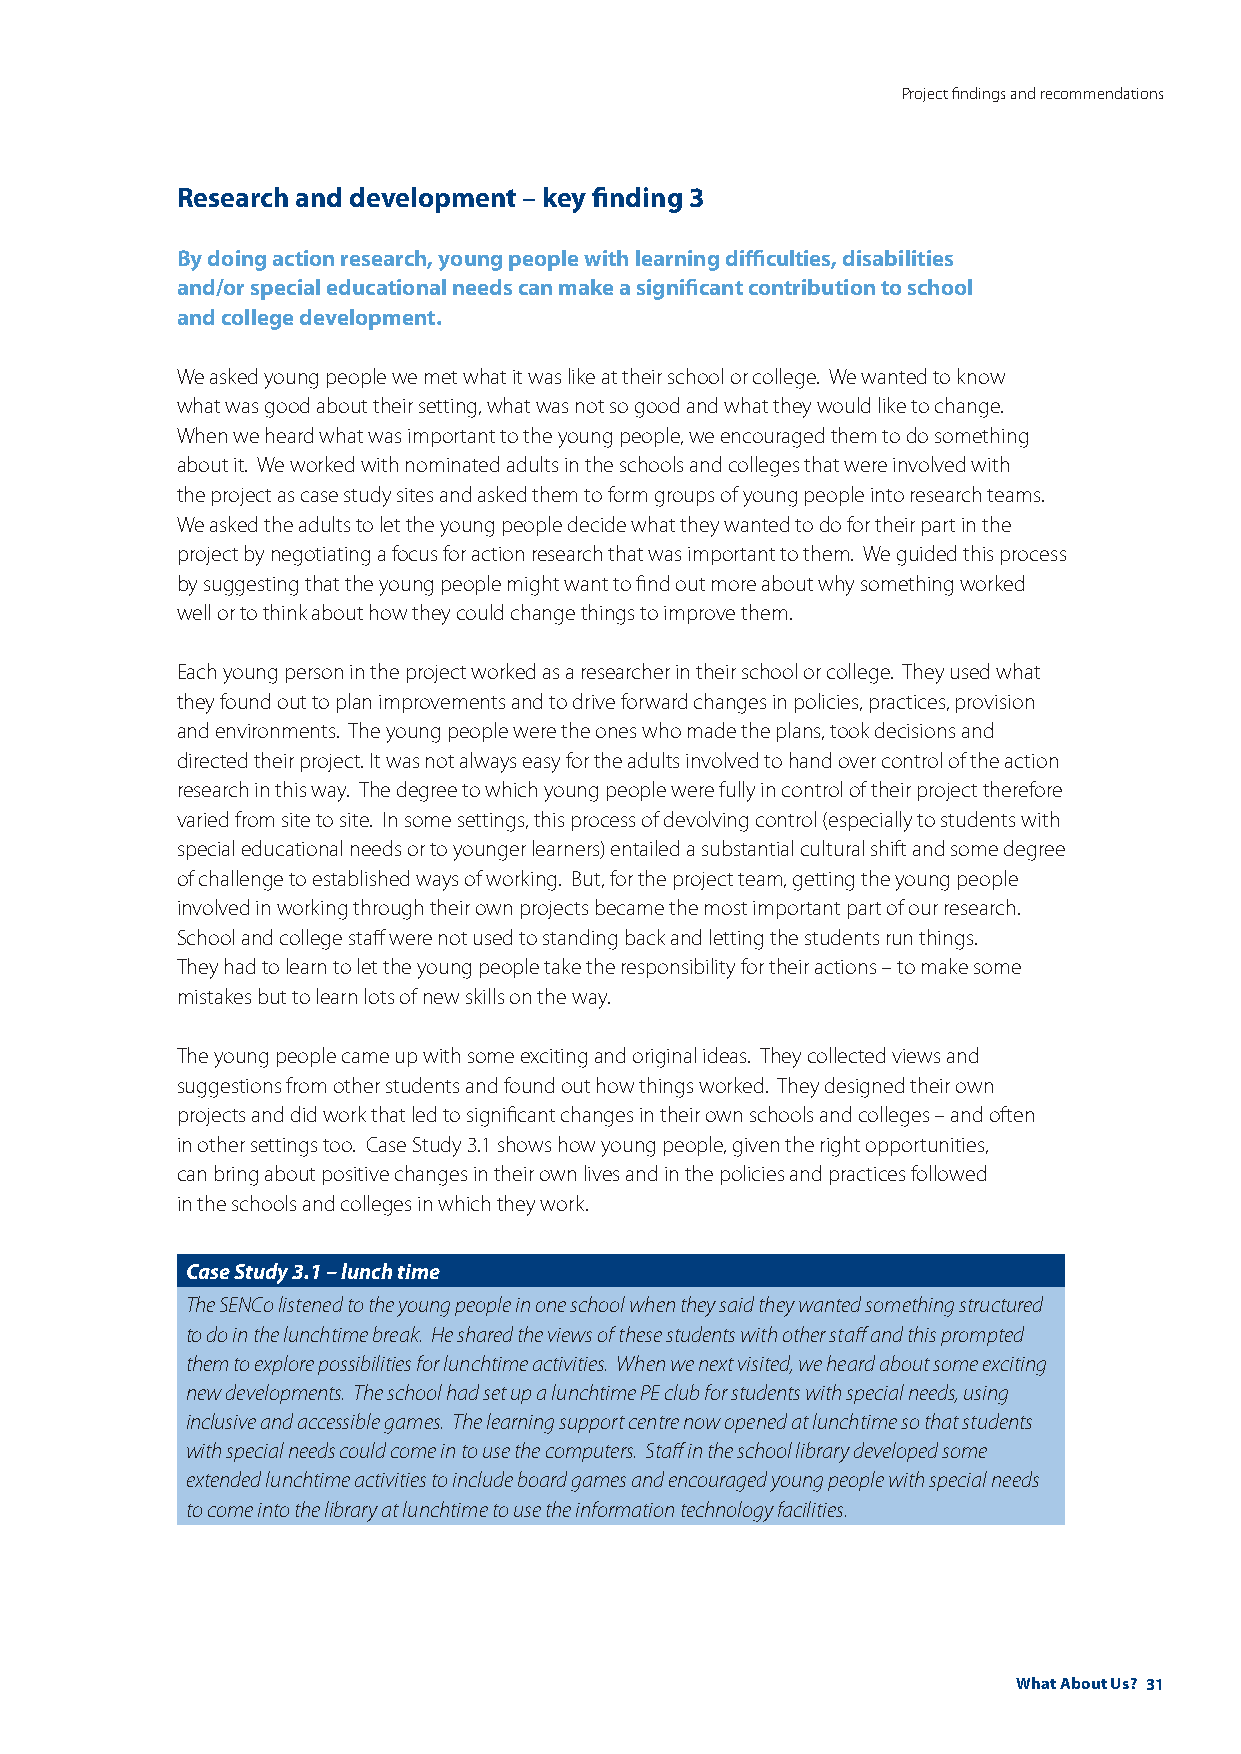
Project findings and recommendations
 Research and development – key finding 3
 By doing action research, young people with learning difficulties, disabilities
 and/or special educational needs can make a significant contribution to school
 and college development.
 We asked young people we met what it was like at their school or college. We wanted to know
 what was good about their setting, what was not so good and what they would like to change.
 When we heard what was important to the young people, we encouraged them to do something
 about it. We worked with nominated adults in the schools and colleges that were involved with
 the project as case study sites and asked them to form groups of young people into research teams.
 We asked the adults to let the young people decide what they wanted to do for their part in the
 project by negotiating a focus for action research that was important to them. We guided this process
 by suggesting that the young people might want to find out more about why something worked
 well or to think about how they could change things to improve them.
 Each young person in the project worked as a researcher in their school or college. They used what
 they found out to plan improvements and to drive forward changes in policies, practices, provision
 and environments. The young people were the ones who made the plans, took decisions and
 directed their project. It was not always easy for the adults involved to hand over control of the action
 research in this way. The degree to which young people were fully in control of their project therefore
 varied from site to site. In some settings, this process of devolving control (especially to students with
 special educational needs or to younger learners) entailed a substantial cultural shift and some degree
 of challenge to established ways of working. But, for the project team, getting the young people
 involved in working through their own projects became the most important part of our research.
 School and college staff were not used to standing back and letting the students run things.
 They had to learn to let the young people take the responsibility for their actions – to make some
 mistakes but to learn lots of new skills on the way.
 The young people came up with some exciting and original ideas. They collected views and
 suggestions from other students and found out how things worked. They designed their own
 projects and did work that led to significant changes in their own schools and colleges – and often
 in other settings too. Case Study 3.1 shows how young people, given the right opportunities,
 can bring about positive changes in their own lives and in the policies and practices followed
 in the schools and colleges in which they work.
 Case Study 3.1 – lunch time
 The SENCo listened to the young people in one school when they said they wanted something structured
 to do in the lunchtime break. He shared the views of these students with other staff and this prompted
 them to explore possibilities for lunchtime activities. When we next visited, we heard about some exciting
 new developments. The school had set up a lunchtime PE club for students with special needs, using
 inclusive and accessible games. The learning support centre now opened at lunchtime so that students
 with special needs could come in to use the computers. Staff in the school library developed some
 extended lunchtime activities to include board games and encouraged young people with special needs
 to come into the library at lunchtime to use the information technology facilities.
 What About Us? 31